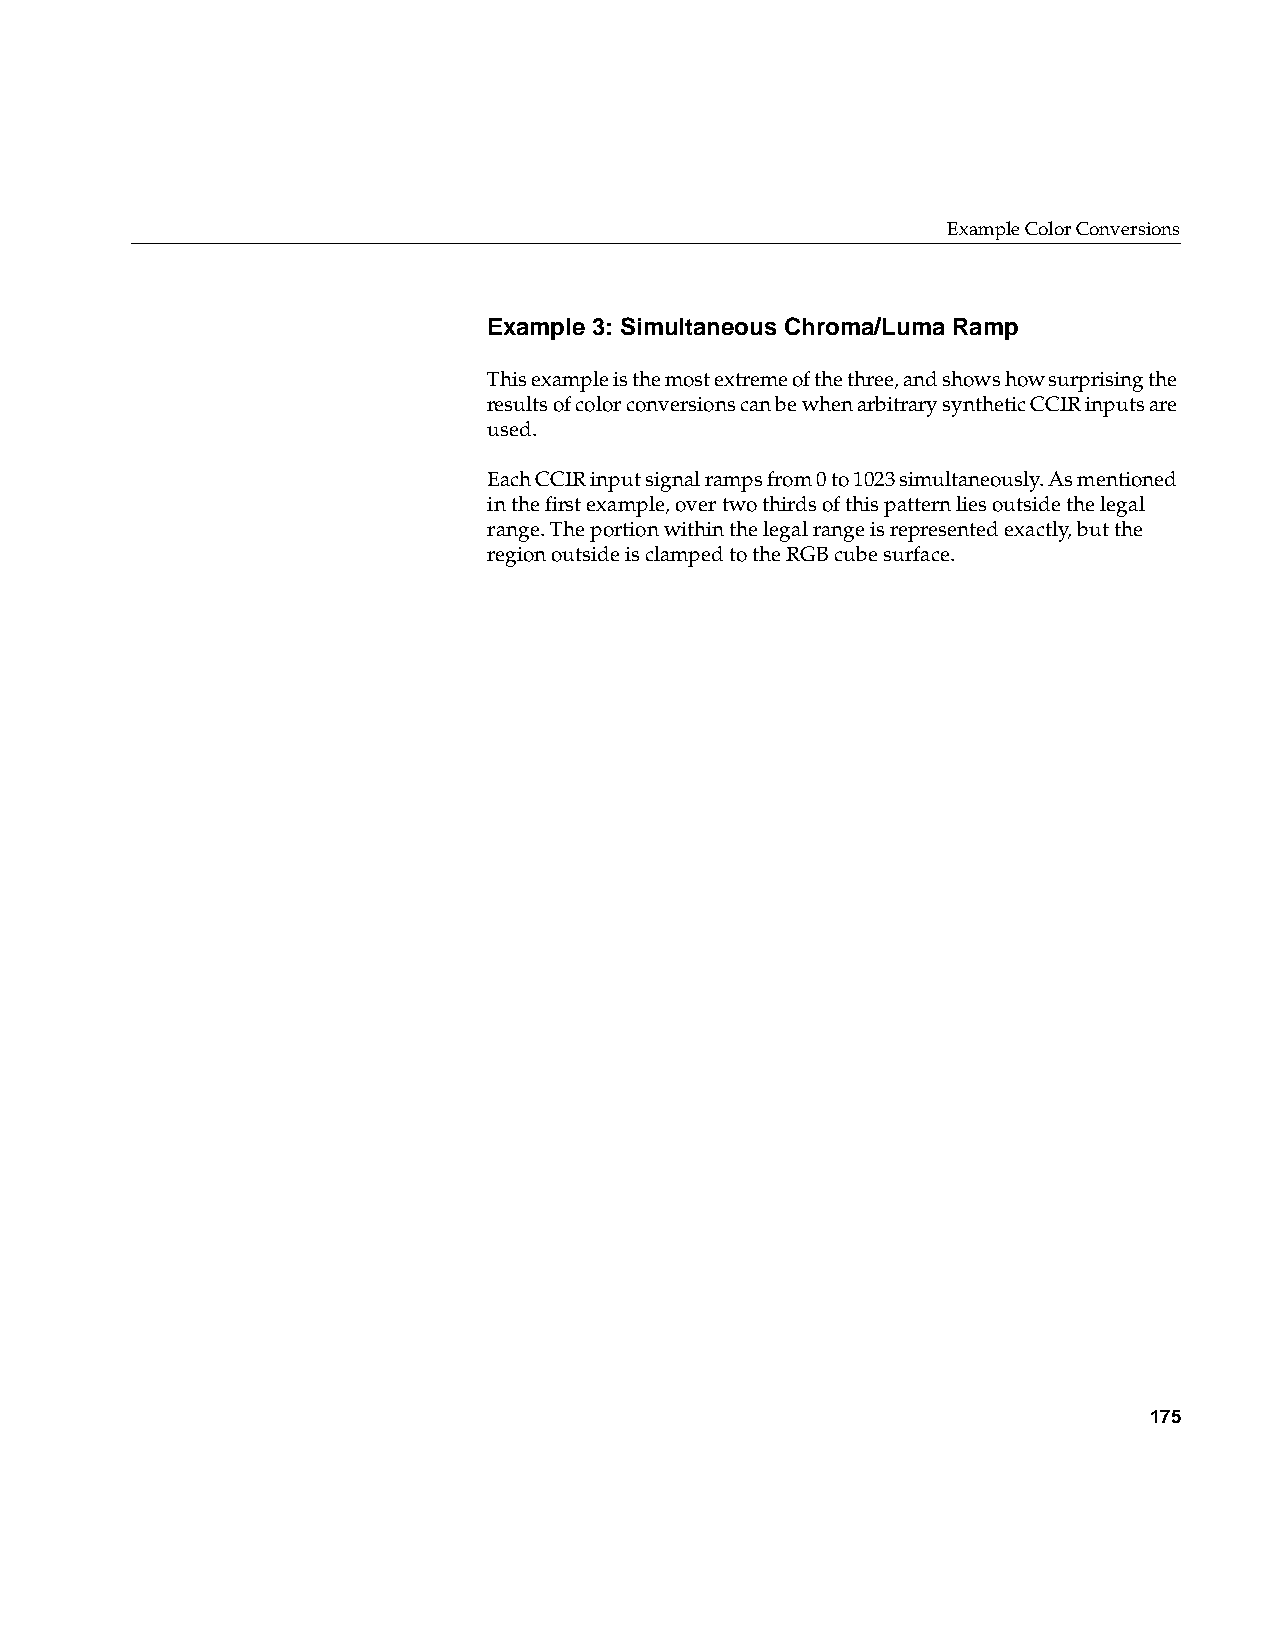
Example Color Conversions
 Example 3: Simultaneous Chroma/Luma Ramp
 This example is the most extreme of the three, and shows how surprising the
 results of color conversions can be when arbitrary synthetic CCIR inputs are
 used.
 Each CCIR input signal ramps from 0 to 1023 simultaneously. As mentioned
 in the first example, over two thirds of this pattern lies outside the legal
 range. The portion within the legal range is represented exactly, but the
 region outside is clamped to the RGB cube surface.
 175